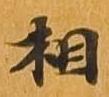
相